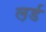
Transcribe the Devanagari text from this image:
ल़र्ड